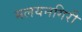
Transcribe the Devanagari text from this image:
मलयनगिरी